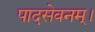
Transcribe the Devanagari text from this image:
पादसेवनम्।